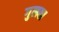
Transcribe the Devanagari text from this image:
गुलबा